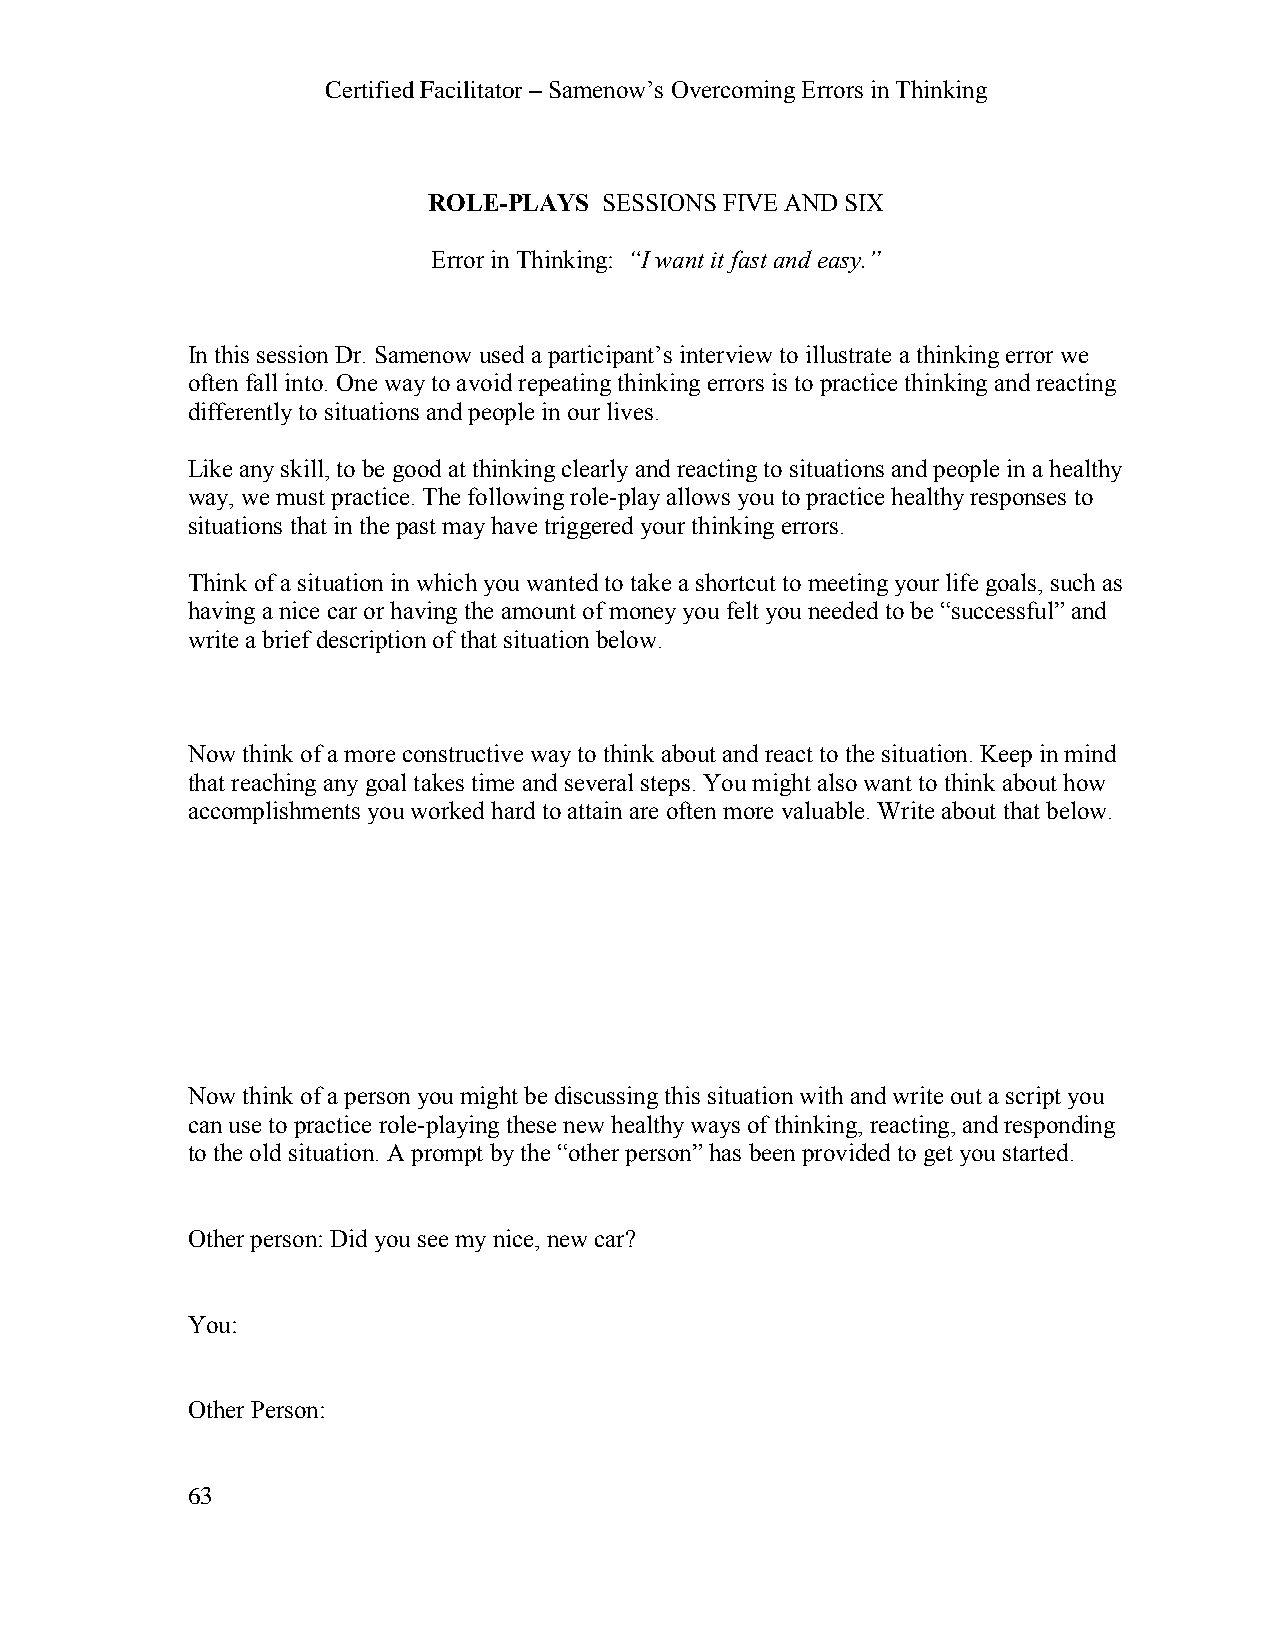
Certified Facilitator – Samenow’s Overcoming Errors in Thinking
 ROLE-PLAYS  SESSIONS FIVE AND SIX
 Error in Thinking: “I want it fast and easy.”
 In this session Dr. Samenow used a participant’s interview to illustrate a thinking error we
 often fall into. One way to avoid repeating thinking errors is to practice thinking and reacting
 differently to situations and people in our lives.
 Like any skill, to be good at thinking clearly and reacting to situations and people in a healthy
 way, we must practice. The following role-play allows you to practice healthy responses to
 situations that in the past may have triggered your thinking errors.
 Think of a situation in which you wanted to take a shortcut to meeting your life goals, such as
 having a nice car or having the amount of money you felt you needed to be “successful” and
 write a brief description of that situation below.
 Now think of a more constructive way to think about and react to the situation. Keep in mind
 that reaching any goal takes time and several steps. You might also want to think about how
 accomplishments you worked hard to attain are often more valuable. Write about that below.
 Now think of a person you might be discussing this situation with and write out a script you
 can use to practice role-playing these new healthy ways of thinking, reacting, and responding
 to the old situation. A prompt by the “other person” has been provided to get you started.
 Other person: Did you see my nice, new car?
 You:
 Other Person:
 63